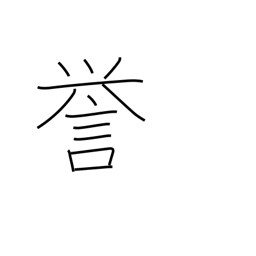
Meaning: reputation